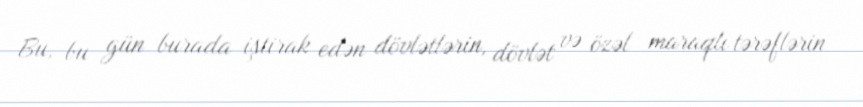
Bu, bu gün burada iştirak edən dövlətlərin, dövlət və özəl maraqlı tərəflərin